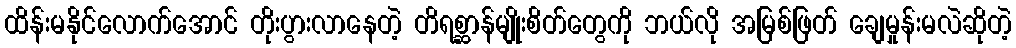
ထိန်းမနိုင်လောက်အောင် တိုးပွားလာနေတဲ့ တိရစ္ဆာန်မျိုးစိတ်တွေကို ဘယ်လို အမြစ်ဖြတ် ချေမှုန်းမလဲဆိုတဲ့